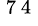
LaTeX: ^\mathrm{~7~4~}